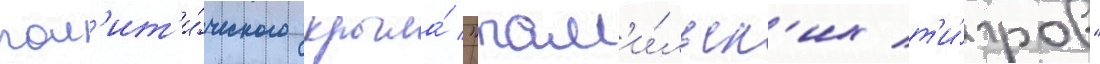
пол'ит'и́ческого крыла́ "там'и́льск'их т'и́гров"